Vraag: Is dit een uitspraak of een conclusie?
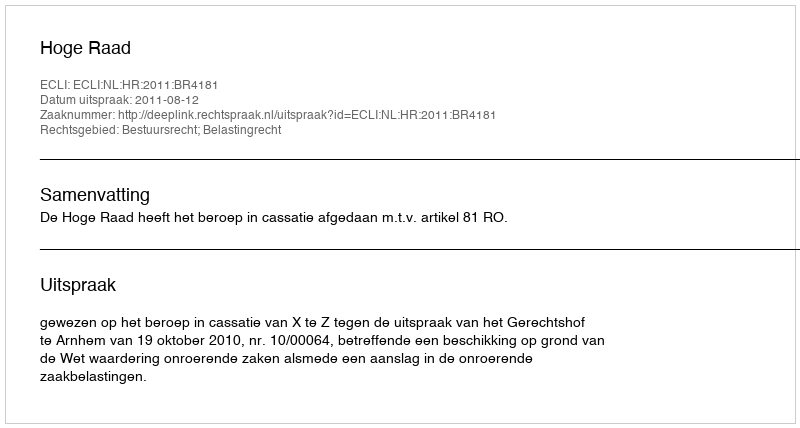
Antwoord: Uitspraak